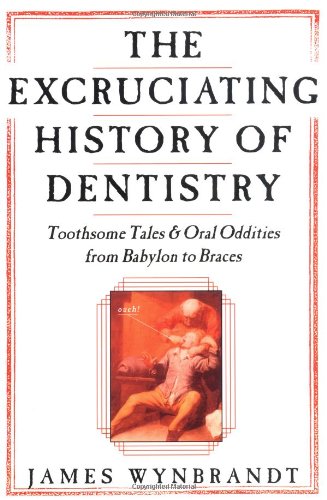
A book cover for The Excruciating History of Dentistry: Toothsome Tales & Oral Oddities from Babylon to Braces; James Wynbrandt; History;